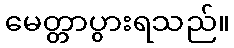
မေတ္တာပွားရသည်။